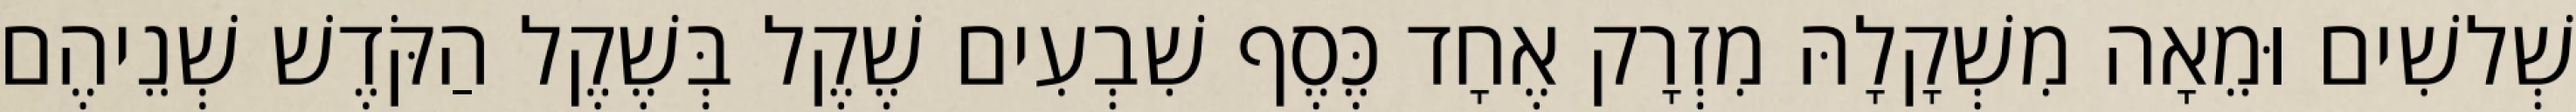
שְׁלשִׁים וּמֵאָה מִשְׁקָלָהּ מִזְרָק אֶחָד כֶּסֶף שִׁבְעִים שֶׁקֶל בְּשֶׁקֶל הַקֹּדֶשׁ שְׁנֵיהֶם